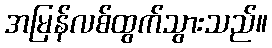
အမြန်လစ်ထွက်သွားသည်။